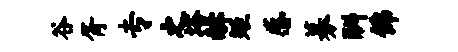
谷胥专之塔赫矩感募酬佛